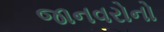
જાનવરોનો